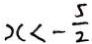
x < - \frac { 5 } { 2 }